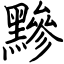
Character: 黲